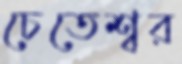
চেতেশ্বর